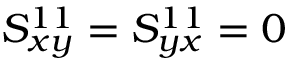
S _ { x y } ^ { 1 1 } = S _ { y x } ^ { 1 1 } = 0